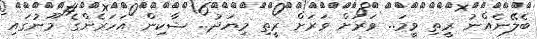
ބެލޭނެއްނު ރީތި ވީމަ.. ވަރަށް ވަރަށް ރީތި މިޔަދު.. ޝާކިން އަހަރެންގެ މޫނުގައި